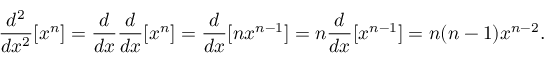
{ \frac { d ^ { 2 } } { d x ^ { 2 } } } [ x ^ { n } ] = { \frac { d } { d x } } { \frac { d } { d x } } [ x ^ { n } ] = { \frac { d } { d x } } [ n x ^ { n - 1 } ] = n { \frac { d } { d x } } [ x ^ { n - 1 } ] = n ( n - 1 ) x ^ { n - 2 } .